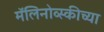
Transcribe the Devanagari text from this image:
मॅलिनोव्स्कीच्या